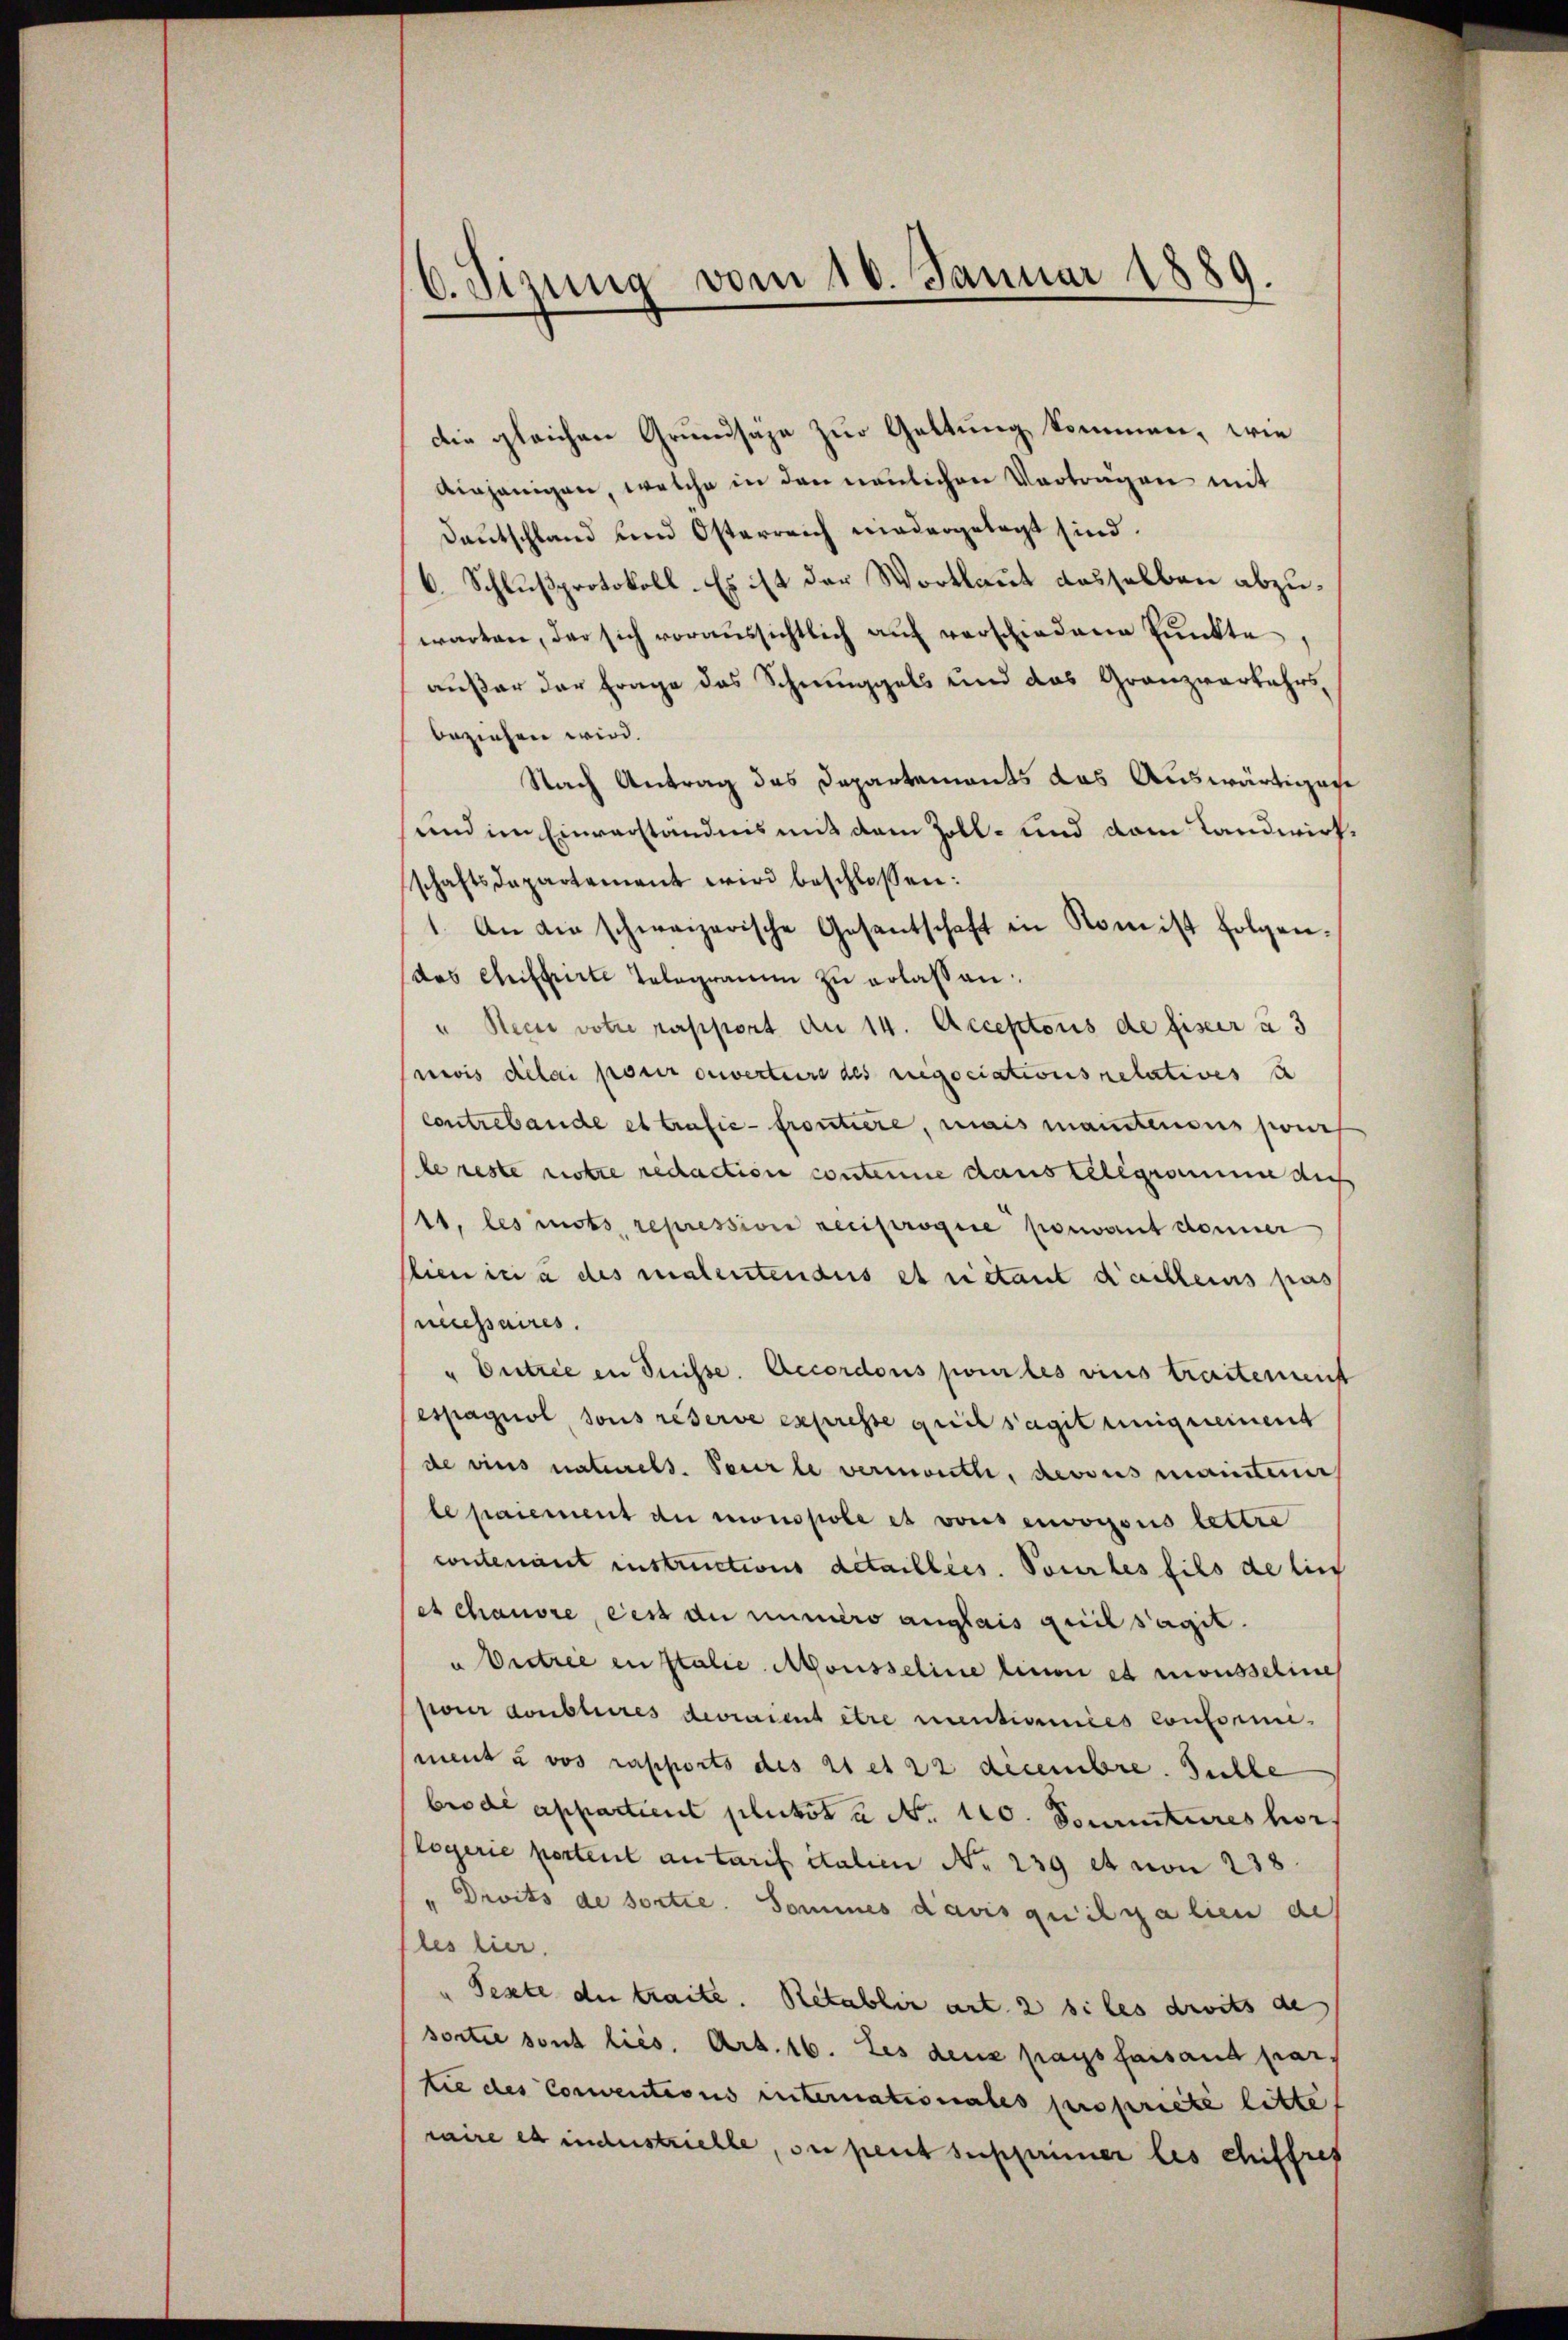
C. Sizung vom 10. Januar 1889

die gleichen Grundsäge zur Geltung kommen, wie
diejenigen, welche in den neulichen Vortragen mit
Deutschland und Österreich niedergelegt sind.
6. Schlußprotokoll. Es ist der Wortlaut dasselben abzuwarten, der sich voraussichtlich aŭf verschiedene Pŭnkte,
außer der Frage des Schmuggels und das Granzverkehrs,
beziehen wird.
Nach Antrag das Departements das Auswärtigen
und im Einverständnis mit dem Zoll- und dem Landwirtschaftsdepartement wird beschlossen:
1. An die schweizerische Gesantschaft in Rom ist folgendas Austrirte Telegramm zŭ erlassen.
" Nein votre resport du 14. Acceptoris de fiser à 3
reis délai pour ouverture des regociations relatives s
contrebande et trafie-frontiere, mais manstensus pourr
le reste notre redaction contenne dans telegrammen aus
11, les mots, repression reciprogie porwant donner
Clienici a des malentendes et rietant d’ailleins pas
necessaires.
" Entrie in Suisse. Accordons pour les vins traitement
espagnol, sous reserve expresse gricksagit einigereinent
de viers naturels. Paurle vermont, devous mainterer
le paiement du monspole et vons envogous lettre
contenant instructions detaillées. Pour les fils de lie
et chauvre, des du numero anglais quil s’agit.
u Vertree in Italie Mousseline linne es mousseline
pour doubleres devraient être rentiumies conform-
ment u vos rapports des 21 et 22 decembre. Sichle
bro di appartient plutos a No. 120. Sonnatures hors
logerie portent antarif Stalien No 239 et von 238.
" Droits de sortie. Sommes davis quilgalien des
les hier.
" Peste der traite. Retablir art. 2 siles droits de
sortie sont lies. Art. 16. Les dens pays faisand par
tie des Conventions internationales propriete litte
raire es industrielle, se peut supprimer les chiffres